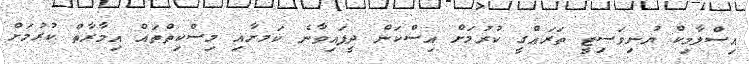
އިސްލާމިކް ޔުނިވަސިޓީ ތަރައްގީ ކުރުމަށް އިސްކަން ދީފައިވާނެ ކަމށާއި މިސްކިތްތައް އިމާރާތް ކުރުމަށް